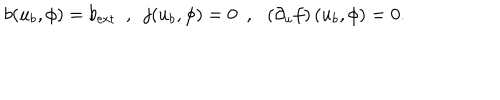
b ( u _ { b } , \phi ) = b _ { \mathrm { e x t } } \ \ , \ \ j ( u _ { b } , \phi ) = 0 \ \ , \ \ \left( \partial _ { u } f \right) ( u _ { b } , \phi ) = 0 .